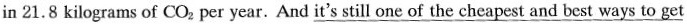
in 21.8 kilograms of CO_{2} per year. And \underline{it's still one of the cheapest and best ways to get }